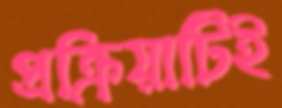
প্রক্রিয়াটিই